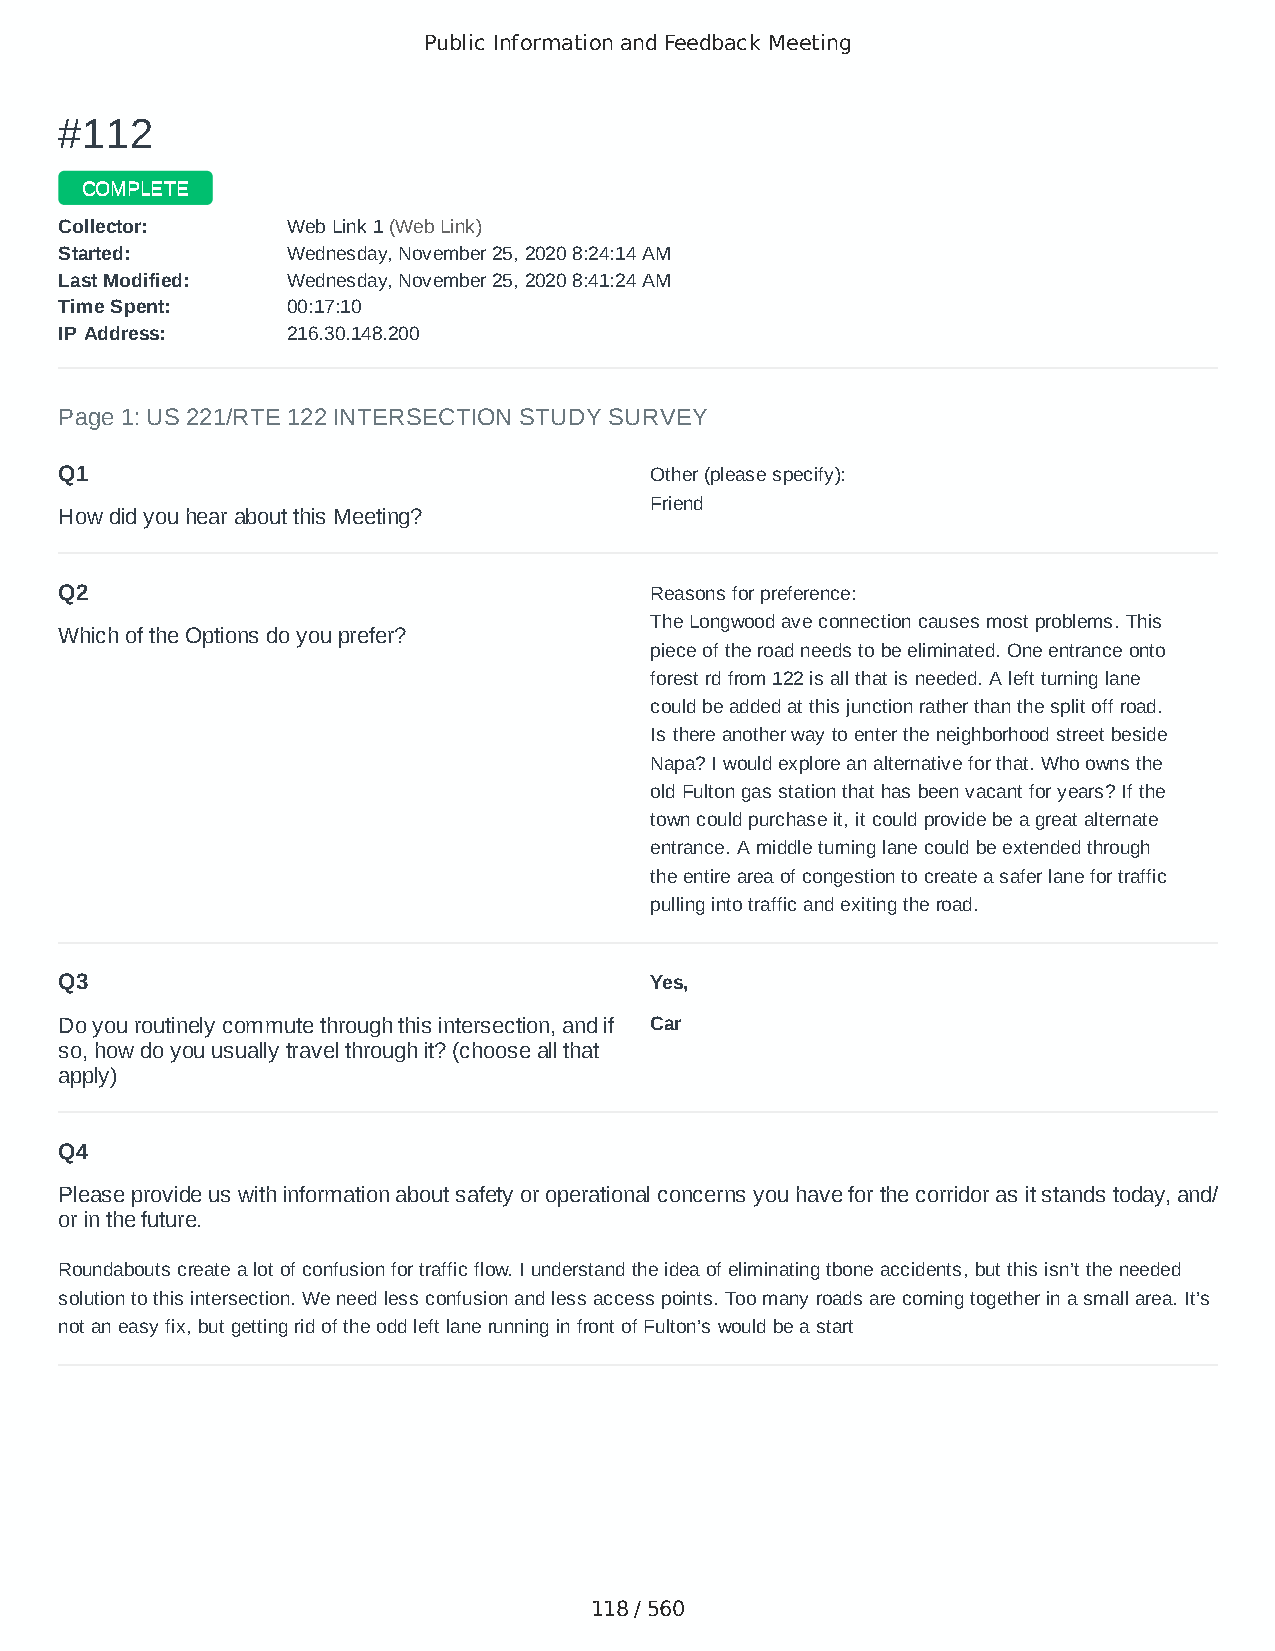
Public Information and Feedback Meeting
 ##111122
 CCOOMMPPLLEETTEE
 CCoolllleeccttoorr:: WWeebb LLiinnkk 11 ((WWeebb LLiinnkk))
 SSttaarrtteedd:: WWeeddnneessddaayy,, NNoovveemmbbeerr 2255,, 22002200 88::2244::1144 AAMM
 LLaasstt MMooddiiffiieedd:: WWeeddnneessddaayy,, NNoovveemmbbeerr 2255,, 22002200 88::4411::2244 AAMM
 TTiimmee SSppeenntt:: 0000::1177::1100
 IIPP AAddddrreessss:: 221166..3300..114488..220000
 Page 1: US 221/RTE 122 INTERSECTION STUDY SURVEY
 Q1                                     Other (please specify):
 Friend
 How did you hear about this Meeting?
 Q2                                     Reasons for preference:
 The Longwood ave connection causes most problems. This
 Which of the Options do you prefer?
 piece of the road needs to be eliminated. One entrance onto
 forest rd from 122 is all that is needed. A left turning lane
 could be added at this junction rather than the split off road.
 Is there another way to enter the neighborhood street beside
 Napa? I would explore an alternative for that. Who owns the
 old Fulton gas station that has been vacant for years? If the
 town could purchase it, it could provide be a great alternate
 entrance. A middle turning lane could be extended through
 the entire area of congestion to create a safer lane for traffic
 pulling into traffic and exiting the road.
 Q3                                     Yes,
 Do you routinely commute through this intersection, and if Car
 so, how do you usually travel through it? (choose all that
 apply)
 Q4
 Please provide us with information about safety or operational concerns you have for the corridor as it stands today, and/
 or in the future.
 Roundabouts create a lot of confusion for traffic flow. I understand the idea of eliminating tbone accidents, but this isn’t the needed
 solution to this intersection. We need less confusion and less access points. Too many roads are coming together in a small area. It’s
 not an easy fix, but getting rid of the odd left lane running in front of Fulton’s would be a start
 118 / 560